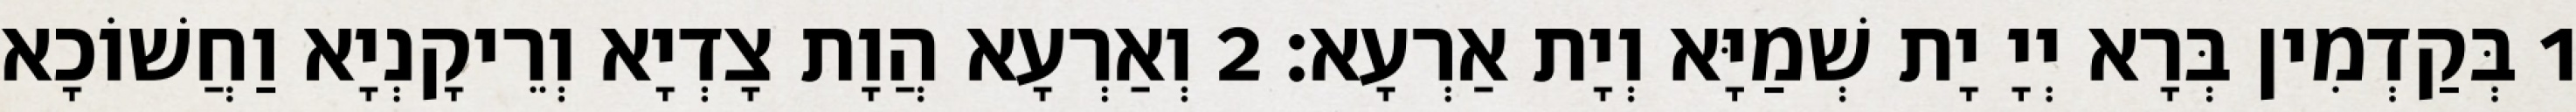
1 בְּקַדְמִין בְּרָא יְיָ יָת שְׁמַיָּא וְיָת אַרְעָא׃ 2 וְאַרְעָא הֲוָת צָדְיָא וְרֵיקָנְיָא וַחֲשׁוֹכָא